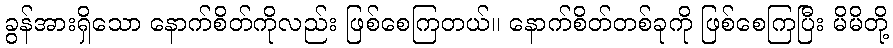
ခွန်အားရှိသော နောက်စိတ်ကိုလည်း ဖြစ်စေကြတယ်။ နောက်စိတ်တစ်ခုကို ဖြစ်စေကြပြီး မိမိတို့